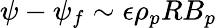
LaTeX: \psi-\psi_{f}\sim\epsilon\rho_{p}RB_{p}